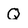
Character: Q